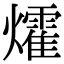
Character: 㸌